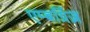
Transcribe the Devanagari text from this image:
एम्बर्ग्रिज़